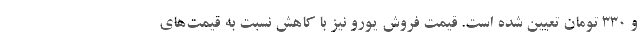
و 330 تومان تعیین شده است. قیمت فروش یورو نیز با کاهش نسبت به قیمت‌های